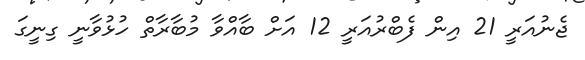
ޖެނުއަރީ 21 އިން ފެބްރުއަރީ 12 އަށް ބާއްވާ މުބާރާތް ހުޅުވާނީ ގިނީގަ